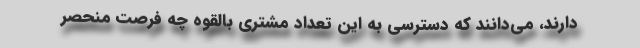
دارند، می‌دانند که دسترسی به این تعداد مشتری بالقوه چه فرصت منحصر